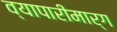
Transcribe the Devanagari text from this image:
व्यापारीमार्ग